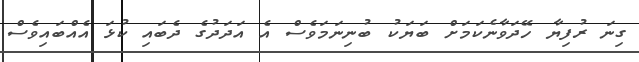
ގިނަ ރުފިޔާ ހޭދަވާނެކަމަށް ބަޔަކު ބުނިނަމަވެސް އެ އަދަދުގެ ދެބައި ކުޅަ އެއްބައިވެސް